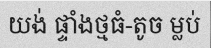
យង់ ផ្ទាំងថ្មធំ-តូច ម្លប់